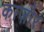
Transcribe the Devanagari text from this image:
काज़ोर